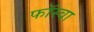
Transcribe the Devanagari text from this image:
फॉस्वा